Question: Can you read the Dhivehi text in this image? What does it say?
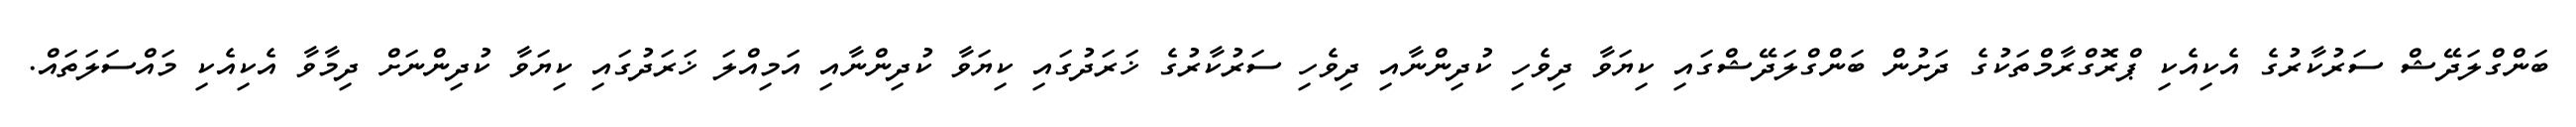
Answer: ބަންގްލަދޭޝް ސަރުކާރުގެ އެކިއެކި ޕްރޮގްރާމްތަކުގެ ދަށުން ބަންގްލަދޭޝްގައި ކިޔަވާ ދިވެހި ކުދިންނާއި ދިވެހި ސަރުކާރުގެ ޚަރަދުގައި ކިޔަވާ ކުދިންނާއި އަމިއްލަ ޚަރަދުގައި ކިޔަވާ ކުދިންނަށް ދިމާވާ އެކިއެކި މައްސަލަތައް.